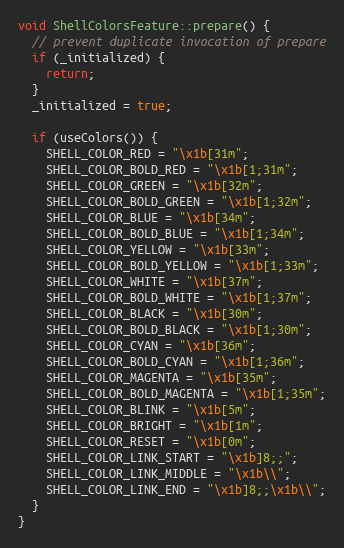
Language: C++
void ShellColorsFeature::prepare() {
  // prevent duplicate invocation of prepare
  if (_initialized) {
    return;
  }
  _initialized = true;

  if (useColors()) {
    SHELL_COLOR_RED = "\x1b[31m";
    SHELL_COLOR_BOLD_RED = "\x1b[1;31m";
    SHELL_COLOR_GREEN = "\x1b[32m";
    SHELL_COLOR_BOLD_GREEN = "\x1b[1;32m";
    SHELL_COLOR_BLUE = "\x1b[34m";
    SHELL_COLOR_BOLD_BLUE = "\x1b[1;34m";
    SHELL_COLOR_YELLOW = "\x1b[33m";
    SHELL_COLOR_BOLD_YELLOW = "\x1b[1;33m";
    SHELL_COLOR_WHITE = "\x1b[37m";
    SHELL_COLOR_BOLD_WHITE = "\x1b[1;37m";
    SHELL_COLOR_BLACK = "\x1b[30m";
    SHELL_COLOR_BOLD_BLACK = "\x1b[1;30m";
    SHELL_COLOR_CYAN = "\x1b[36m";
    SHELL_COLOR_BOLD_CYAN = "\x1b[1;36m";
    SHELL_COLOR_MAGENTA = "\x1b[35m";
    SHELL_COLOR_BOLD_MAGENTA = "\x1b[1;35m";
    SHELL_COLOR_BLINK = "\x1b[5m";
    SHELL_COLOR_BRIGHT = "\x1b[1m";
    SHELL_COLOR_RESET = "\x1b[0m";
    SHELL_COLOR_LINK_START = "\x1b]8;;";
    SHELL_COLOR_LINK_MIDDLE = "\x1b\\";
    SHELL_COLOR_LINK_END = "\x1b]8;;\x1b\\";
  }
}